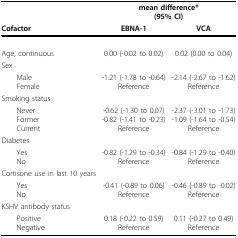
<table><thead><tr><td></td><td colspan="2"><b>mean difference*(95% CI)</b></td></tr><tr><td><b>Cofactor</b></td><td><b>EBNA-1</b></td><td><b>VCA</b></td></tr></thead><tbody><tr><td>Age, continuous</td><td>0.00 (-0.02 to 0.02)</td><td>0.02 (0.00 to 0.04)</td></tr><tr><td>Sex</td><td></td><td></td></tr><tr><td> MaleFemale</td><td>-1.21 (-1.78 to -0.64)Reference</td><td>-2.14 (-2.67 to -1.62)Reference</td></tr><tr><td>Smoking status</td><td></td><td></td></tr><tr><td> NeverFormerCurrent</td><td>-0.62 (-1.30 to 0.07)-0.82 (-1.41 to -0.23)Reference</td><td>-2.37 (-3.01 to -1.73)-1.09 (-1.64 to -0.54)Reference</td></tr><tr><td>Diabetes</td><td></td><td></td></tr><tr><td> YesNo</td><td>-0.82 (-1.29 to -0.34)Reference</td><td>-0.84 (-1.29 to -0.40)Reference</td></tr><tr><td>Cortisone use in last 10 years</td><td></td><td></td></tr><tr><td> YesNo</td><td>-0.41 (-0.89 to 0.06)Reference</td><td>-0.46 (-0.89 to -0.02)Reference</td></tr><tr><td>KSHV antibody status</td><td></td><td></td></tr><tr><td> PositiveNegative</td><td>0.18 (-0.22 to 0.59)Reference</td><td>0.11 (-0.27 to 0.49)Reference</td></tr></tbody></table>